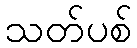
သတ်ပစ်